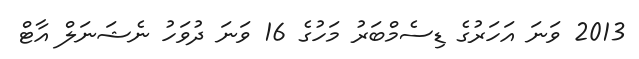
2013 ވަނަ އަހަރުގެ ޑިސެމްބަރު މަހުގެ 16 ވަނަ ދުވަހު ނެޝަނަލް އާޓް